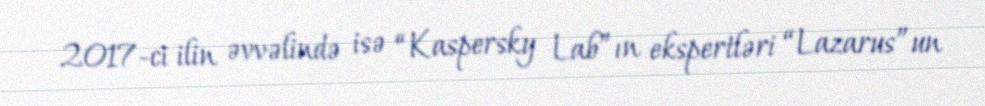
2017-ci ilin əvvəlində isə “Kaspersky Lab”ın ekspertləri “Lazarus”un